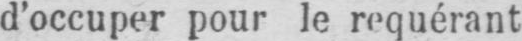
d’occuper pour le requérant